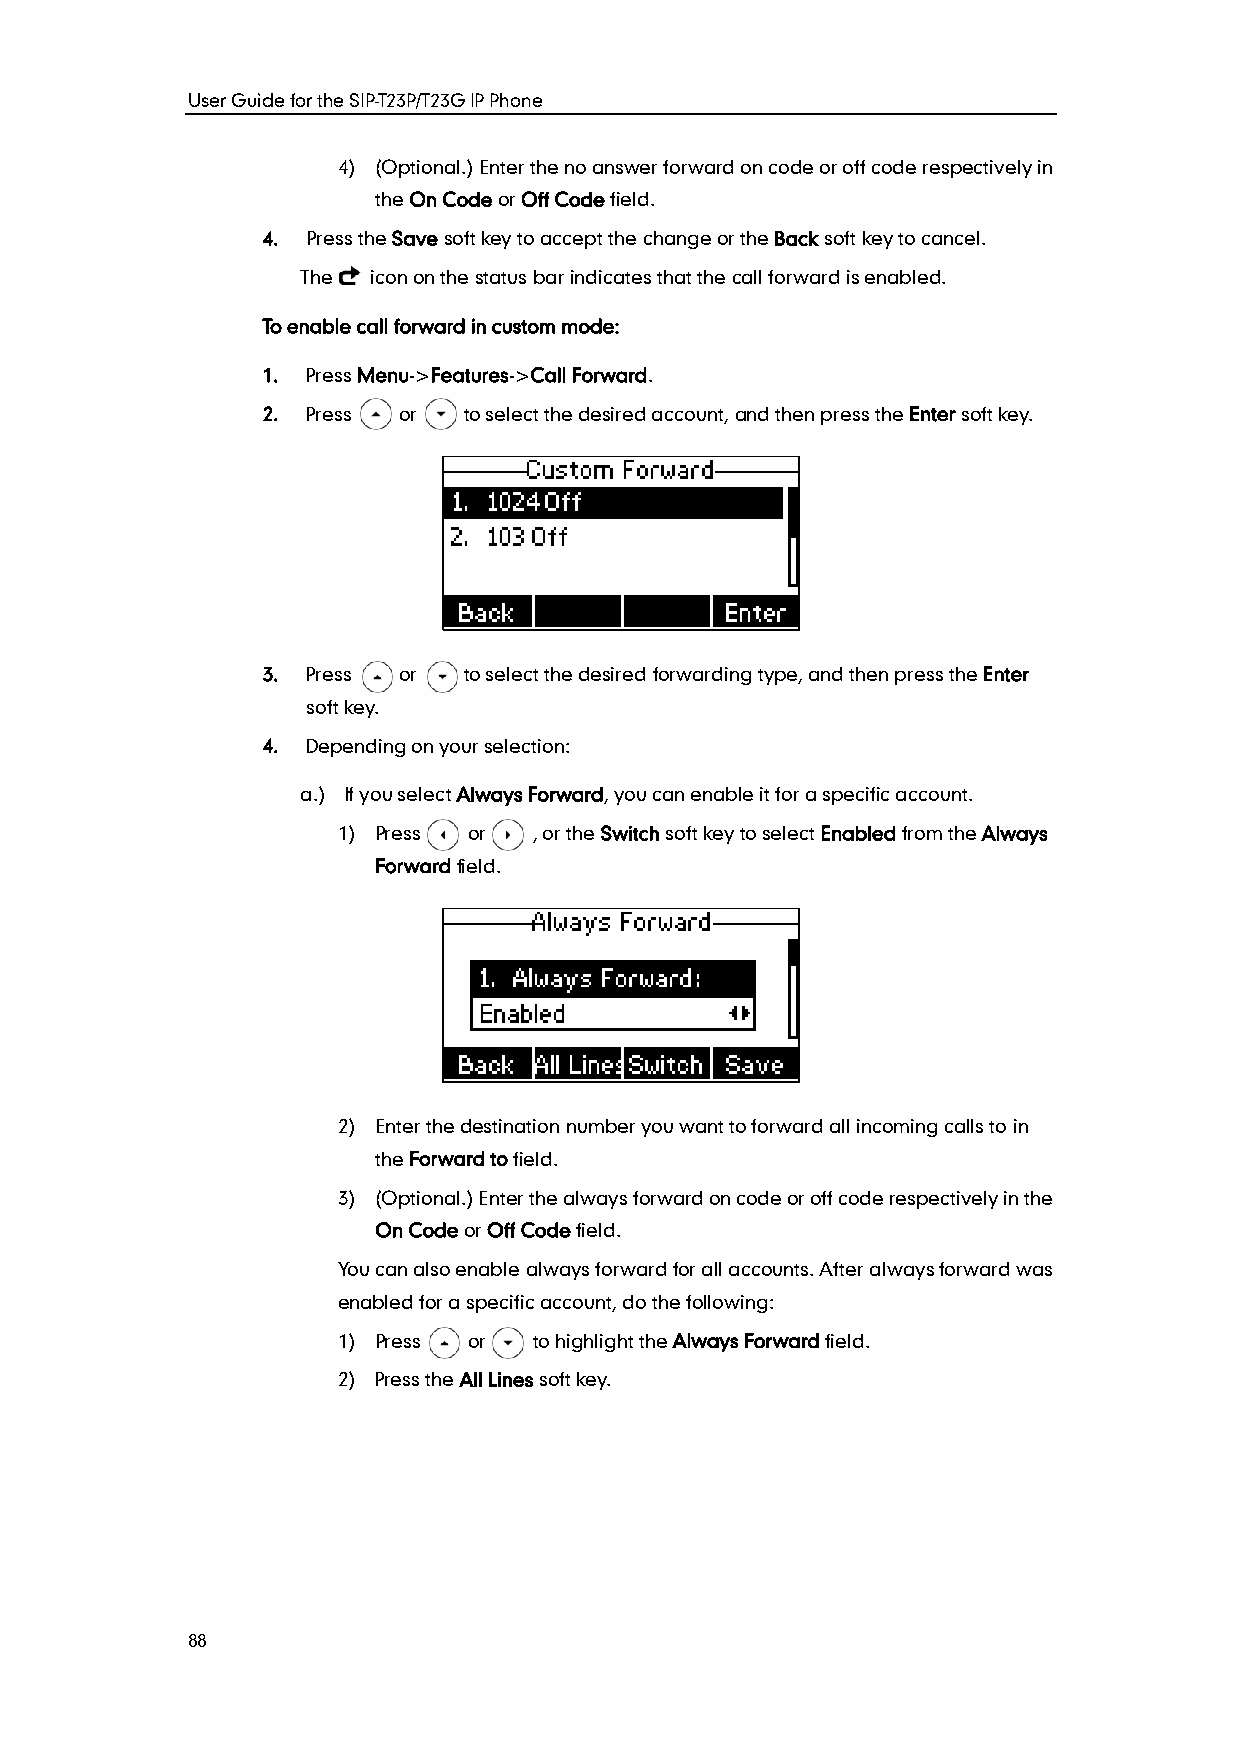
User Guide for the SIP-T23P/T23G IP Phone
 4) (Optional.) Enter the no answer forward on code or off code respectively in
 the On Code or Off Code field.
 4. Press the Save soft key to accept the change or the Back soft key to cancel.
 The  icon on the status bar indicates that the call forward is enabled.
 To enable call forward in custom mode:
 1. Press Menu->Features->Call Forward.
 2. Press or   to select the desired account, and then press the Enter soft key.
 3. Press or   to select the desired forwarding type, and then press the Enter
 soft key.
 4. Depending on your selection:
 a.) If you select Always Forward, you can enable it for a specific account.
 1) Press or  , or the Switch soft key to select Enabled from the Always
 Forward field.
 2) Enter the destination number you want to forward all incoming calls to in
 the Forward to field.
 3) (Optional.) Enter the always forward on code or off code respectively in the
 On Code or Off Code field.
 You can also enable always forward for all accounts. After always forward was
 enabled for a specific account, do the following:
 1) Press or  to highlight the Always Forward field.
 2) Press the All Lines soft key.
 88